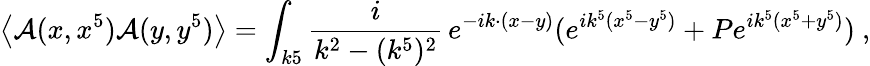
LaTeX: \left\langle{\mathcal{A}(x,x^{5})\mathcal{A}(y,y^{5})}\right\rangle=\int_{k5}{\frac{{i}}{{k^{2}-(k^{5})^{2}}}}\, e^{-ik\cdot(x-y)}(e^{ik^{5}(x^{5}-y^{5})}+Pe^{ik^{5}(x^{5}+y^{5})})\ ,